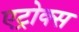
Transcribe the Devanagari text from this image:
एट्रोक्स